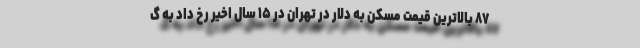
۸۷ بالاترین قیمت مسکن به دلار در تهران در ۱۵ سال اخیر رخ داد به گ